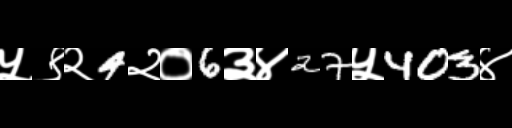
Text: ५९२4२०6३४27५403४